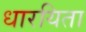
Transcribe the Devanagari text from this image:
धारयिता